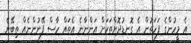
އެ މީހުންގެ ފަހަތުން އެ ގޮނޑުދޮށްތަކަށް އަންނާނެ އެތައް ހާސް ފޭނުންނެއް ތިބޭނެ